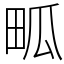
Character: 畖